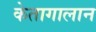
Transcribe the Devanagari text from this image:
केतागालान